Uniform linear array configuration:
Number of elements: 12
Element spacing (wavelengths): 0.25
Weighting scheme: cosine
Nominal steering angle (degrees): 15
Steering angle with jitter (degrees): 14.507
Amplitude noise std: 0.05
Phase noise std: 0.05

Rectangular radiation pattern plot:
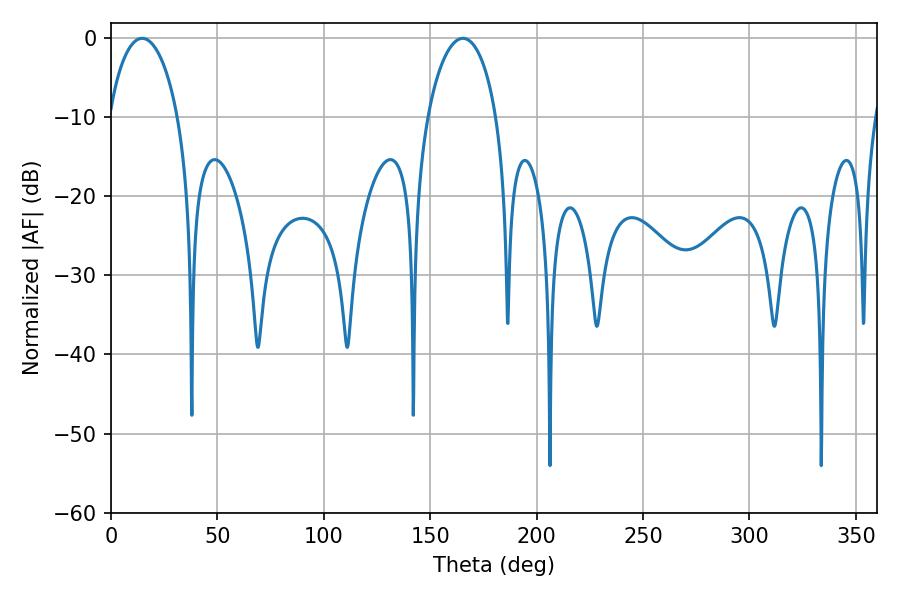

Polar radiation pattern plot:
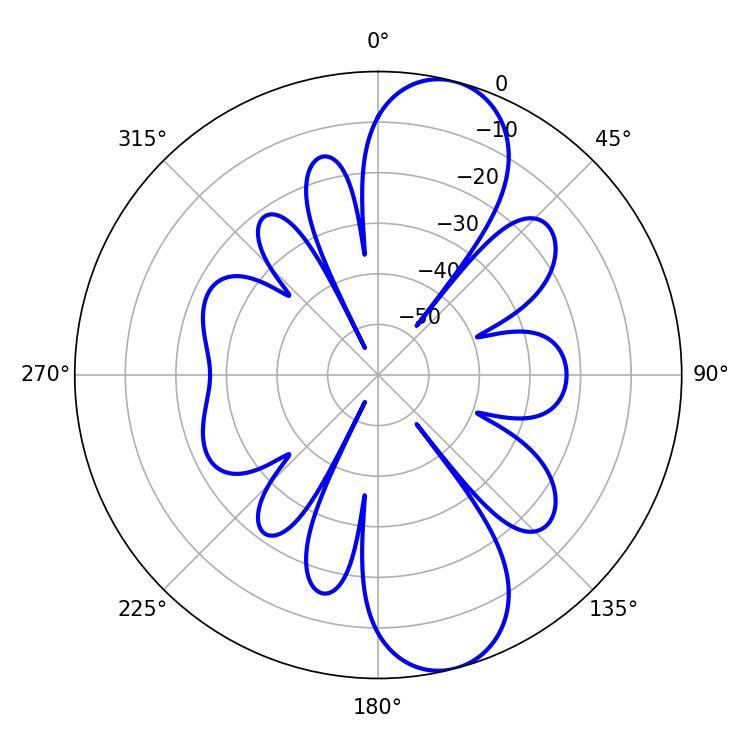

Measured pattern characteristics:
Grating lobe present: FALSE
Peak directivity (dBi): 10.533
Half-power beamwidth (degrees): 18.54
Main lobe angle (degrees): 14.58